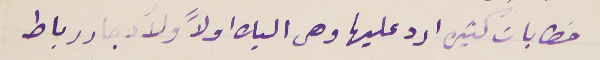
خطابات كتيره ارد عليها وهى اليك اولاً ولآدجار رباط